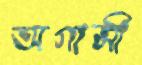
অগামী